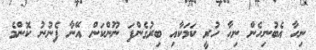
ނިހާ އެބުނިހެން ނިހާ ހުރީ ކަމަކާއި ބިރުގެންފަ ނޫންކަން އޭނާ ފެނުނު ކޮންމެ